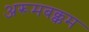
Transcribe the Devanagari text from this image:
अरूमबक्कम